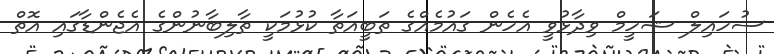
ސުހައިލް ޝަހީމް ވިދާޅުވީ އެހެން ގައުމެއްގެ ތަބީއަތާ ކުޅުމަކީ ތާލިބާނުންގެ އެޖެންޑާގައި އޮތް